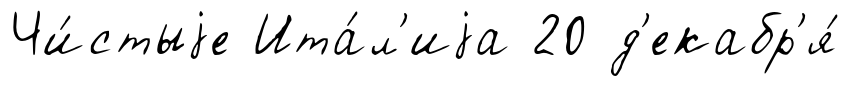
Чи́стыjе Ита́л'иjа 20 д'екабр'я́